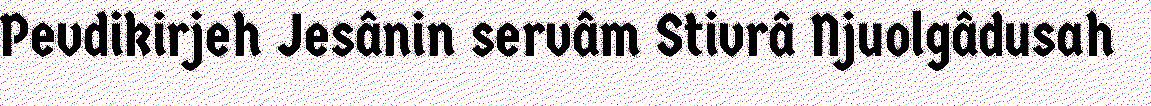
Pevdikirjeh Jesânin servâm Stivrâ Njuolgâdusah